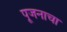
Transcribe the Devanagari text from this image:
पूजनाचा